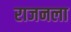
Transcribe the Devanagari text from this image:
राजनला